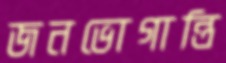
জনভোগান্তি